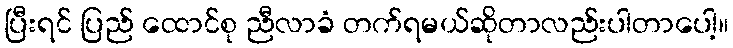
ပြီးရင် ပြည် ထောင်စု ညီလာခံ တက်ရမယ်ဆိုတာလည်းပါတာပေါ့။